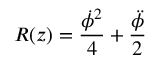
R ( z ) = \frac { \dot { \phi } ^ { 2 } } { 4 } + \frac { \ddot { \phi } } { 2 }